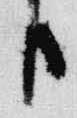
臣